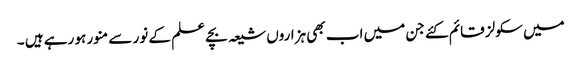
میں سکولز قائم کئے جن میں اب بھی ہزاروں شیعہ بچے علم کے نور سے منور ہو رہے ہیں ۔